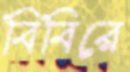
বিবিরে